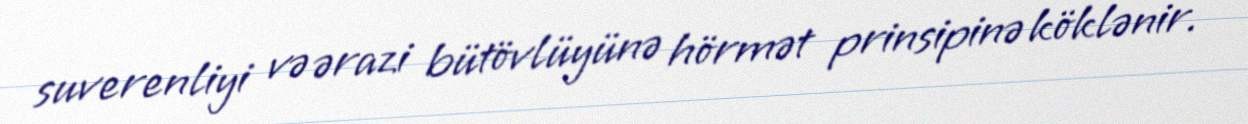
suverenliyi və ərazi bütövlüyünə hörmət prinsipinə köklənir.